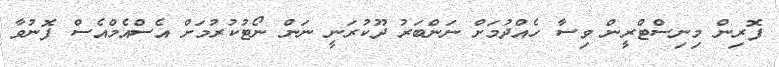
ފޮރިން މިނިސްޓްރީން ވިސާ ހެއްދުމަށް ނަންބަރު ދޫކުރަނީ ނަން ނޯޓުކުރުމަށް އެސްއެމްއެސް ފޮނުވާ